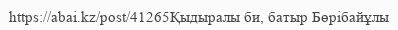
https://abai.kz/post/41265Қыдыралы би, батыр Бөрібайұлы